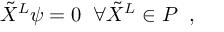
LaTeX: \tilde { X } ^ { L } \psi = 0 \; \; \forall \tilde { X } ^ { L } \in { \cal P } \; \; ,